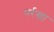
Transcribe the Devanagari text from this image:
पर्रखा